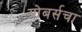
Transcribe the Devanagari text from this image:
सोबर्सचा